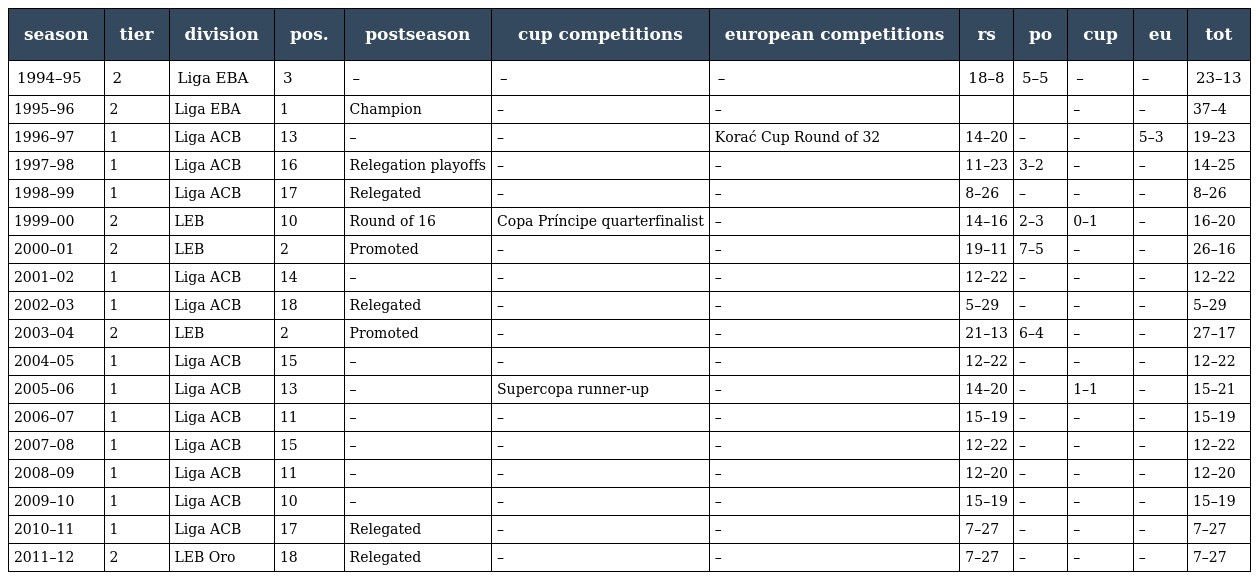
| season | tier | division | pos. | postseason | cup competitions | european competitions | rs | po | cup | eu | tot |
 | --- | --- | --- | --- | --- | --- | --- | --- | --- | --- | --- | --- |
 | 1994–95 | 2 | Liga EBA | 3 | – | – | – | 18–8 | 5–5 | – | – | 23–13 |
 | 1995–96 | 2 | Liga EBA | 1 | Champion | – | – |  |  | – | – | 37–4 |
 | 1996–97 | 1 | Liga ACB | 13 | – | – | Korać Cup Round of 32 | 14–20 | – | – | 5–3 | 19–23 |
 | 1997–98 | 1 | Liga ACB | 16 | Relegation playoffs | – | – | 11–23 | 3–2 | – | – | 14–25 |
 | 1998–99 | 1 | Liga ACB | 17 | Relegated | – | – | 8–26 | – | – | – | 8–26 |
 | 1999–00 | 2 | LEB | 10 | Round of 16 | Copa Príncipe quarterfinalist | – | 14–16 | 2–3 | 0–1 | – | 16–20 |
 | 2000–01 | 2 | LEB | 2 | Promoted | – | – | 19–11 | 7–5 | – | – | 26–16 |
 | 2001–02 | 1 | Liga ACB | 14 | – | – | – | 12–22 | – | – | – | 12–22 |
 | 2002–03 | 1 | Liga ACB | 18 | Relegated | – | – | 5–29 | – | – | – | 5–29 |
 | 2003–04 | 2 | LEB | 2 | Promoted | – | – | 21–13 | 6–4 | – | – | 27–17 |
 | 2004–05 | 1 | Liga ACB | 15 | – | – | – | 12–22 | – | – | – | 12–22 |
 | 2005–06 | 1 | Liga ACB | 13 | – | Supercopa runner-up | – | 14–20 | – | 1–1 | – | 15–21 |
 | 2006–07 | 1 | Liga ACB | 11 | – | – | – | 15–19 | – | – | – | 15–19 |
 | 2007–08 | 1 | Liga ACB | 15 | – | – | – | 12–22 | – | – | – | 12–22 |
 | 2008–09 | 1 | Liga ACB | 11 | – | – | – | 12–20 | – | – | – | 12–20 |
 | 2009–10 | 1 | Liga ACB | 10 | – | – | – | 15–19 | – | – | – | 15–19 |
 | 2010–11 | 1 | Liga ACB | 17 | Relegated | – | – | 7–27 | – | – | – | 7–27 |
 | 2011–12 | 2 | LEB Oro | 18 | Relegated | – | – | 7–27 | – | – | – | 7–27 |